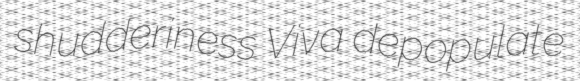
shudderiness Viva depopulate